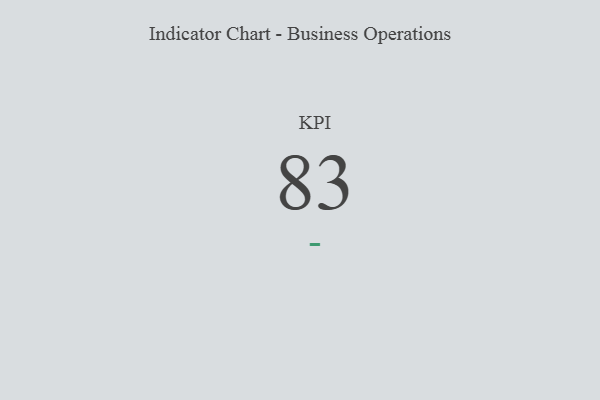
{"axis": {"x": "KPI", "y": "Value"}, "legend": [""], "data": [{"x": "KPI", "y": 83, "type": ""}]}